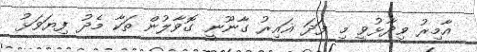
އާމިރު ވިދާޅުވީ މި ފަދަ ޣައިރު ގާނޫނީ ގޮވާލުން ތަކާ މެދު ފިޔަވަޅު